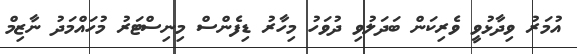
އުމަރު ވިދާޅުވީ ވެރިކަން ބަދަލުވި ދުވަހު މިހާރު ޑިފެންސް މިނިސްޓަރު މުހައްމަދު ނާޒިމް